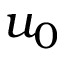
u _ { 0 }